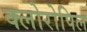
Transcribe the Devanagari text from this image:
क्लोरोपिल